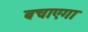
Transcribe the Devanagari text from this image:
बचाएगा